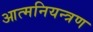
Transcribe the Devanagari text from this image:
आत्मनियन्त्रण